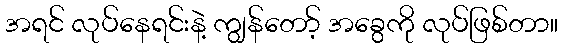
အရင် လုပ်နေရင်းနဲ့ ကျွန်တော့် အခွေကို လုပ်ဖြစ်တာ။